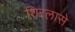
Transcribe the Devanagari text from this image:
शिरलासे